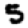
Digit: 5